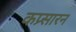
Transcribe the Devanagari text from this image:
कप्र्सारन